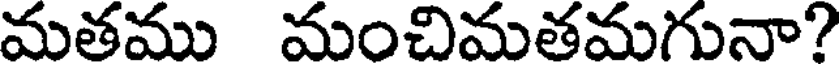
మతము మంచిమతమగునా?